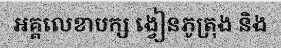
អគ្គលេខាបក្ស ង្វៀនភូត្រុង និង